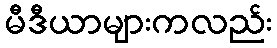
မီဒီယာများကလည်း